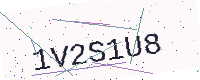
Text: 1V2S1U8